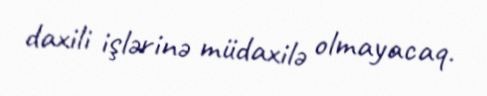
daxili işlərinə müdaxilə olmayacaq.